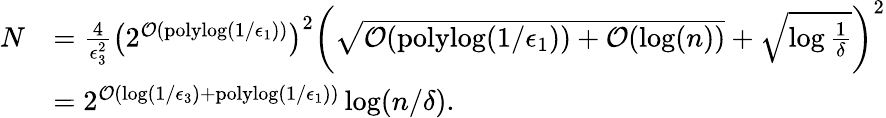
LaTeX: \begin{array}{rl}{N}&{=\frac{4}{\epsilon_{3}^{2}}\left(2^{\mathcal{O}(\mathrm{polylog}(1/\epsilon_{1}))}\right)^{2}\left(\sqrt{\mathcal{O}(\mathrm{polylog}(1/\epsilon_{1}))+\mathcal{O}(\log(n))}+\sqrt{\log\frac{1}{\delta}}\right)^{2}}\\ &{=2^{\mathcal{O}(\log(1/\epsilon_{3})+\mathrm{polylog}(1/\epsilon_{1}))}\log(n/\delta).}\end{array}